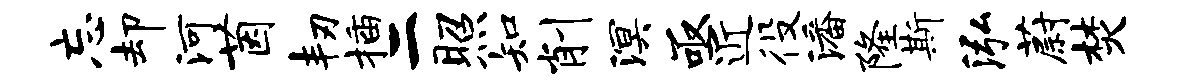
忘却河茵韧插二照知削溟亟近役潘隆斯泓蔚焚